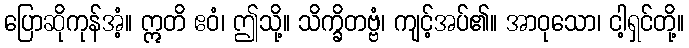
ပြောဆိုကုန်အံ့။ ဣတိ ဧဝံ၊ ဤသို့။ သိက္ခိတဗ္ဗံ၊ ကျင့်အပ်၏။ အာဝုသော၊ ငါ့ရှင်တို့။